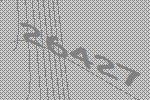
26427